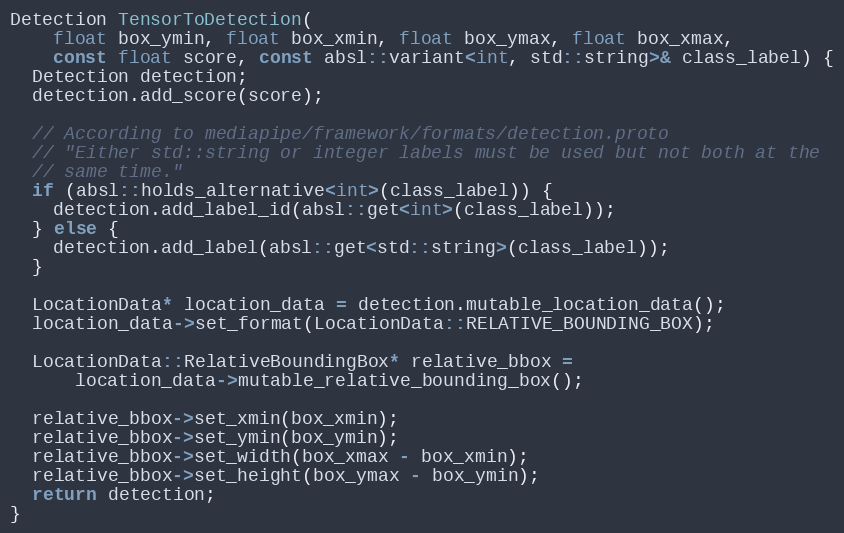
Language: C++
Detection TensorToDetection(
    float box_ymin, float box_xmin, float box_ymax, float box_xmax,
    const float score, const absl::variant<int, std::string>& class_label) {
  Detection detection;
  detection.add_score(score);

  // According to mediapipe/framework/formats/detection.proto
  // "Either std::string or integer labels must be used but not both at the
  // same time."
  if (absl::holds_alternative<int>(class_label)) {
    detection.add_label_id(absl::get<int>(class_label));
  } else {
    detection.add_label(absl::get<std::string>(class_label));
  }

  LocationData* location_data = detection.mutable_location_data();
  location_data->set_format(LocationData::RELATIVE_BOUNDING_BOX);

  LocationData::RelativeBoundingBox* relative_bbox =
      location_data->mutable_relative_bounding_box();

  relative_bbox->set_xmin(box_xmin);
  relative_bbox->set_ymin(box_ymin);
  relative_bbox->set_width(box_xmax - box_xmin);
  relative_bbox->set_height(box_ymax - box_ymin);
  return detection;
}